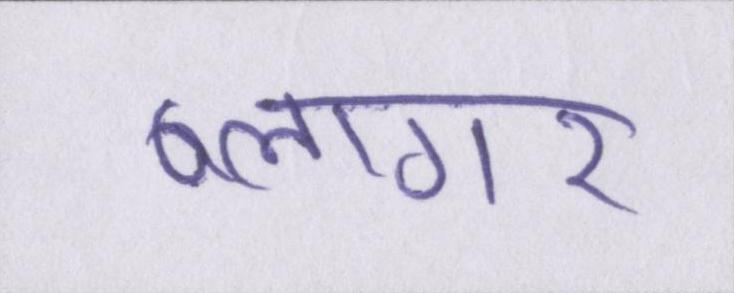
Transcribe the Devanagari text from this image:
ब्लागर